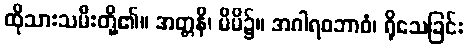
ထိုသားသမီးတို့၏။ အတ္တနိ၊ မိမိ၌။ အဂါရဝဘာဝံ၊ ရိုသေခြင်း